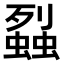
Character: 𧒈